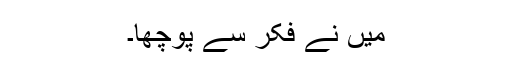
میں نے فکر سے پوچھا۔